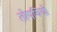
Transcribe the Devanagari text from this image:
तोपचियों